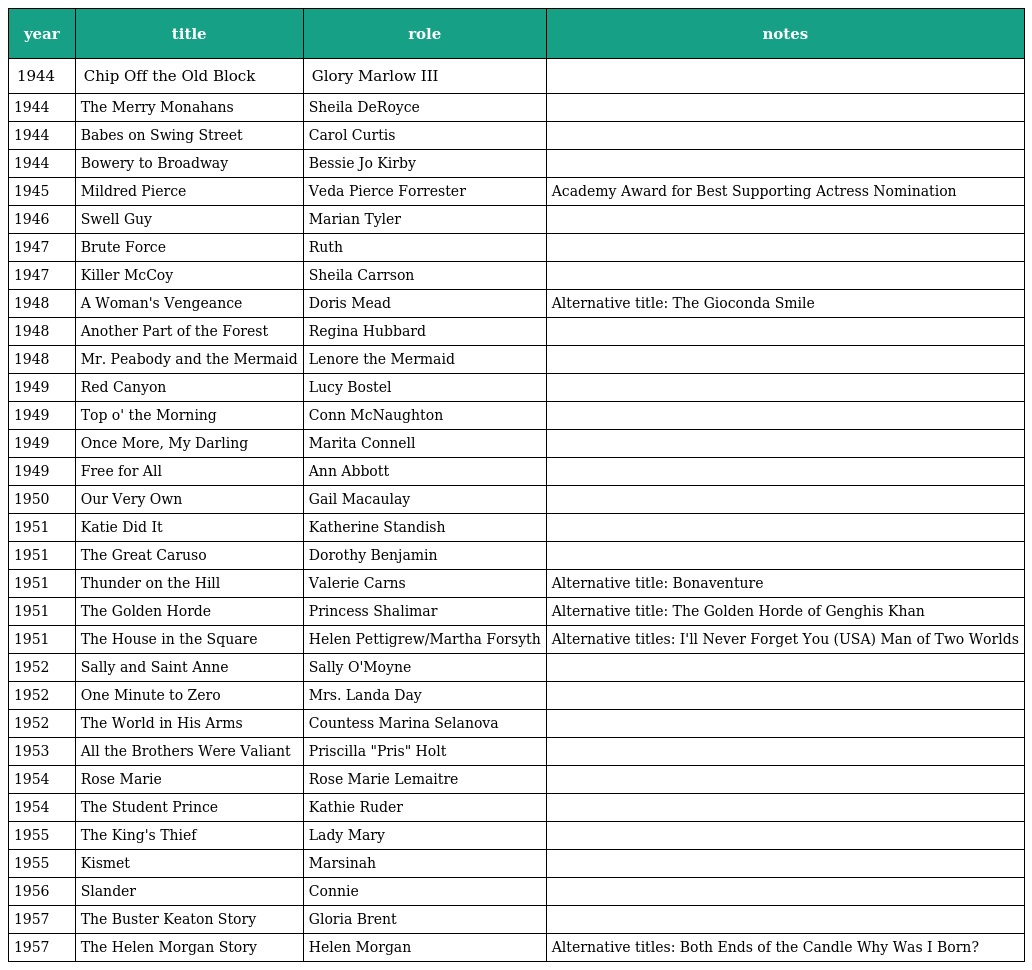
| year | title | role | notes |
 | --- | --- | --- | --- |
 | 1944 | Chip Off the Old Block | Glory Marlow III |  |
 | 1944 | The Merry Monahans | Sheila DeRoyce |  |
 | 1944 | Babes on Swing Street | Carol Curtis |  |
 | 1944 | Bowery to Broadway | Bessie Jo Kirby |  |
 | 1945 | Mildred Pierce | Veda Pierce Forrester | Academy Award for Best Supporting Actress Nomination |
 | 1946 | Swell Guy | Marian Tyler |  |
 | 1947 | Brute Force | Ruth |  |
 | 1947 | Killer McCoy | Sheila Carrson |  |
 | 1948 | A Woman's Vengeance | Doris Mead | Alternative title: The Gioconda Smile |
 | 1948 | Another Part of the Forest | Regina Hubbard |  |
 | 1948 | Mr. Peabody and the Mermaid | Lenore the Mermaid |  |
 | 1949 | Red Canyon | Lucy Bostel |  |
 | 1949 | Top o' the Morning | Conn McNaughton |  |
 | 1949 | Once More, My Darling | Marita Connell |  |
 | 1949 | Free for All | Ann Abbott |  |
 | 1950 | Our Very Own | Gail Macaulay |  |
 | 1951 | Katie Did It | Katherine Standish |  |
 | 1951 | The Great Caruso | Dorothy Benjamin |  |
 | 1951 | Thunder on the Hill | Valerie Carns | Alternative title: Bonaventure |
 | 1951 | The Golden Horde | Princess Shalimar | Alternative title: The Golden Horde of Genghis Khan |
 | 1951 | The House in the Square | Helen Pettigrew/Martha Forsyth | Alternative titles: I'll Never Forget You (USA) Man of Two Worlds |
 | 1952 | Sally and Saint Anne | Sally O'Moyne |  |
 | 1952 | One Minute to Zero | Mrs. Landa Day |  |
 | 1952 | The World in His Arms | Countess Marina Selanova |  |
 | 1953 | All the Brothers Were Valiant | Priscilla "Pris" Holt |  |
 | 1954 | Rose Marie | Rose Marie Lemaitre |  |
 | 1954 | The Student Prince | Kathie Ruder |  |
 | 1955 | The King's Thief | Lady Mary |  |
 | 1955 | Kismet | Marsinah |  |
 | 1956 | Slander | Connie |  |
 | 1957 | The Buster Keaton Story | Gloria Brent |  |
 | 1957 | The Helen Morgan Story | Helen Morgan | Alternative titles: Both Ends of the Candle Why Was I Born? |